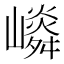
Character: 𡽤